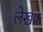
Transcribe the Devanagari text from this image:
लेखक्र